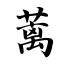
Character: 蓠